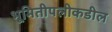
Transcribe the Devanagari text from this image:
भूमितीपलीकडील